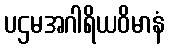
ပဌမအဂါရိယဝိမာနံ